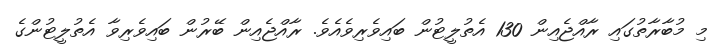
މި މުބާރާތުގައި ރާއްޖެއިން 130 އެތުލީޓުން ބައިވެރިވެއެވެ. ރާއްޖެއިން ބޭރުން ބައިވެރިވާ އެތުލީޓުންގެ